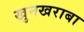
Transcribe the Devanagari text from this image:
खुनखराबा